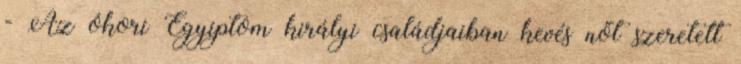
- Az ókori Egyiptom királyi családjaiban kevés nőt szeretett